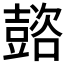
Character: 𡕆